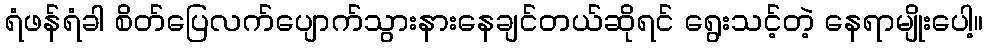
ရံဖန်ရံခါ စိတ်ပြေလက်ပျောက်သွားနားနေချင်တယ်ဆိုရင် ရွေးသင့်တဲ့ နေရာမျိုးပေါ့။